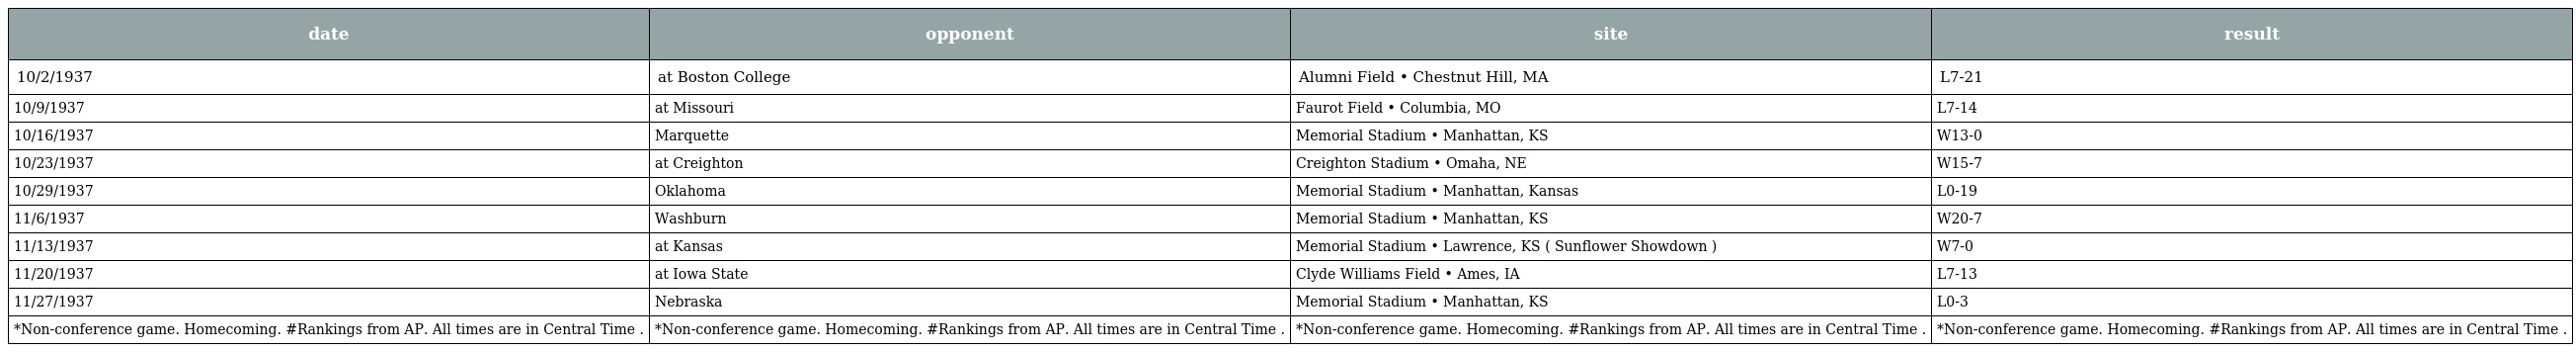
| date | opponent | site | result |
 | --- | --- | --- | --- |
 | 10/2/1937 | at Boston College | Alumni Field • Chestnut Hill, MA | L7-21 |
 | 10/9/1937 | at Missouri | Faurot Field • Columbia, MO | L7-14 |
 | 10/16/1937 | Marquette | Memorial Stadium • Manhattan, KS | W13-0 |
 | 10/23/1937 | at Creighton | Creighton Stadium • Omaha, NE | W15-7 |
 | 10/29/1937 | Oklahoma | Memorial Stadium • Manhattan, Kansas | L0-19 |
 | 11/6/1937 | Washburn | Memorial Stadium • Manhattan, KS | W20-7 |
 | 11/13/1937 | at Kansas | Memorial Stadium • Lawrence, KS ( Sunflower Showdown ) | W7-0 |
 | 11/20/1937 | at Iowa State | Clyde Williams Field • Ames, IA | L7-13 |
 | 11/27/1937 | Nebraska | Memorial Stadium • Manhattan, KS | L0-3 |
 | *Non-conference game. Homecoming. #Rankings from AP. All times are in Central Time . | *Non-conference game. Homecoming. #Rankings from AP. All times are in Central Time . | *Non-conference game. Homecoming. #Rankings from AP. All times are in Central Time . | *Non-conference game. Homecoming. #Rankings from AP. All times are in Central Time . |